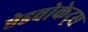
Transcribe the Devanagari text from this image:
ऐडवोकेट्स